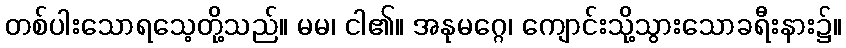
တစ်ပါးသောရသေ့တို့သည်။ မမ၊ ငါ၏။ အနုမဂ္ဂေ၊ ကျောင်းသို့သွားသောခရီးနား၌။